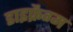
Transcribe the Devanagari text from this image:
डाइफ्रैग्म